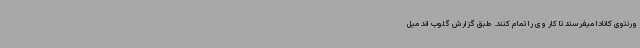
ورنتوی کانادا میفرستد تا کار وی را تمام کنند. طبق گزارش گلوب اند میل